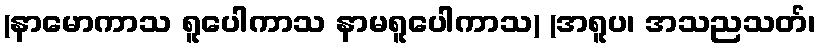
(နာမောကာသ ရူပေါကာသ နာမရူပေါကာသ) (အရူပ၊ အသညသတ်၊